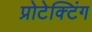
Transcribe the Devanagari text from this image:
प्रोटेक्टिंग